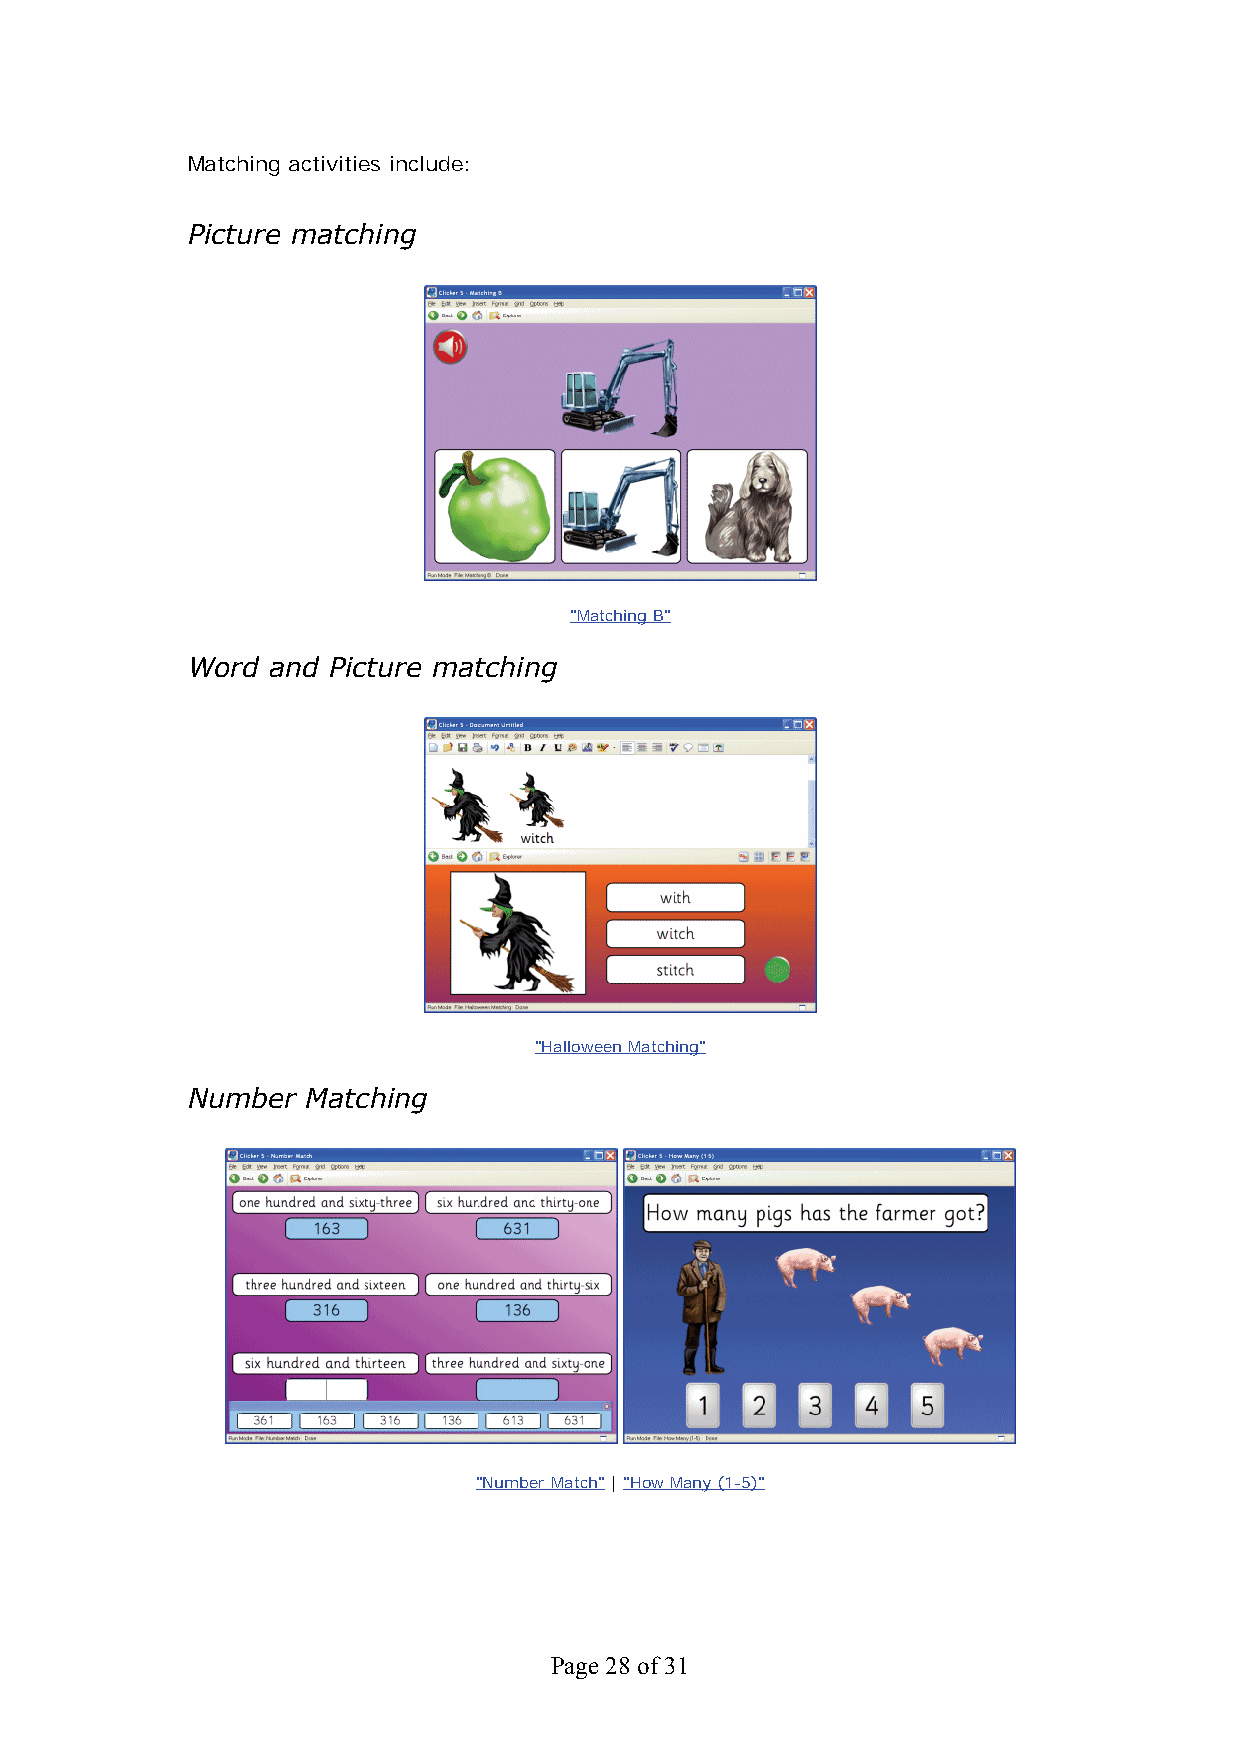
Matching activities include:
 Picture matching
 "Matching B"
 Word  and Picture matching
 "Halloween Matching"
 Number  Matching
 "Number Match" | "How Many (1-5)"
 Page 28 of 31